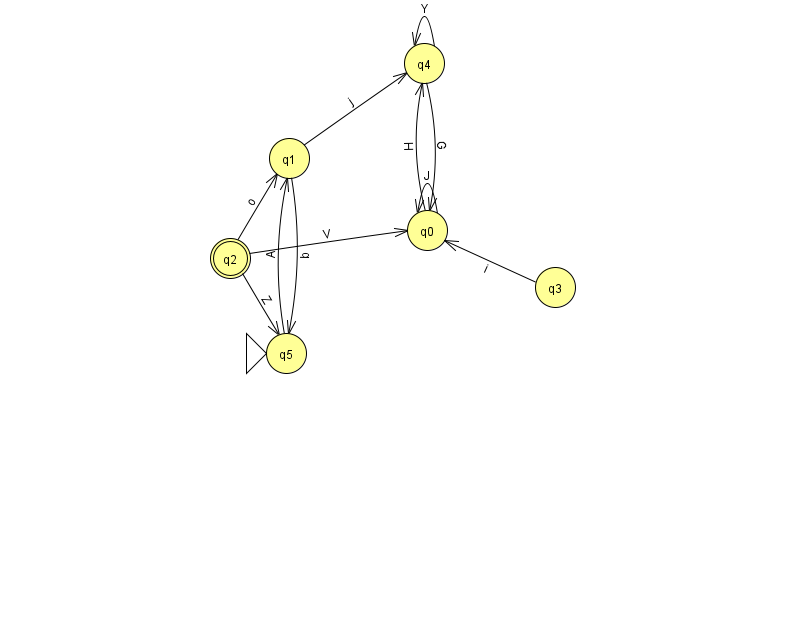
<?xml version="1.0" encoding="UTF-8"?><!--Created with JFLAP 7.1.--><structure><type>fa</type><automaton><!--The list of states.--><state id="0" name="q0"><x>427.0</x><y>217.0</y></state><state id="1" name="q1"><x>289.0</x><y>145.0</y></state><state id="2" name="q2"><x>230.0</x><y>245.0</y><final/></state><state id="3" name="q3"><x>555.0</x><y>274.0</y></state><state id="4" name="q4"><x>424.0</x><y>50.0</y></state><state id="5" name="q5"><x>286.0</x><y>340.0</y><initial/></state><!--The list of transitions.--><transition><from>0</from><to>4</to><read>H</read></transition><transition><from>1</from><to>4</to><read>j</read></transition><transition><from>2</from><to>0</to><read>V</read></transition><transition><from>2</from><to>5</to><read>Z</read></transition><transition><from>4</from><to>4</to><read>Y</read></transition><transition><from>0</from><to>0</to><read>J</read></transition><transition><from>2</from><to>1</to><read>o</read></transition><transition><from>5</from><to>1</to><read>A</read></transition><transition><from>1</from><to>5</to><read>b</read></transition><transition><from>3</from><to>0</to><read>i</read></transition><transition><from>4</from><to>0</to><read>G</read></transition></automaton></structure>